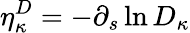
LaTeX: \eta_{\kappa}^{D}=-\partial_{s}\ln D_{\kappa}